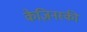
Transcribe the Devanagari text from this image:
केज़िनस्की